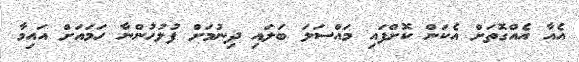
އެއާ އެއްގޮތަށް އެކަން ކޮށްފައި މައްސަލަ ބަލައި ދިނުމަށް ފުލުހުންނާ ހަމައަށް އައިމާ